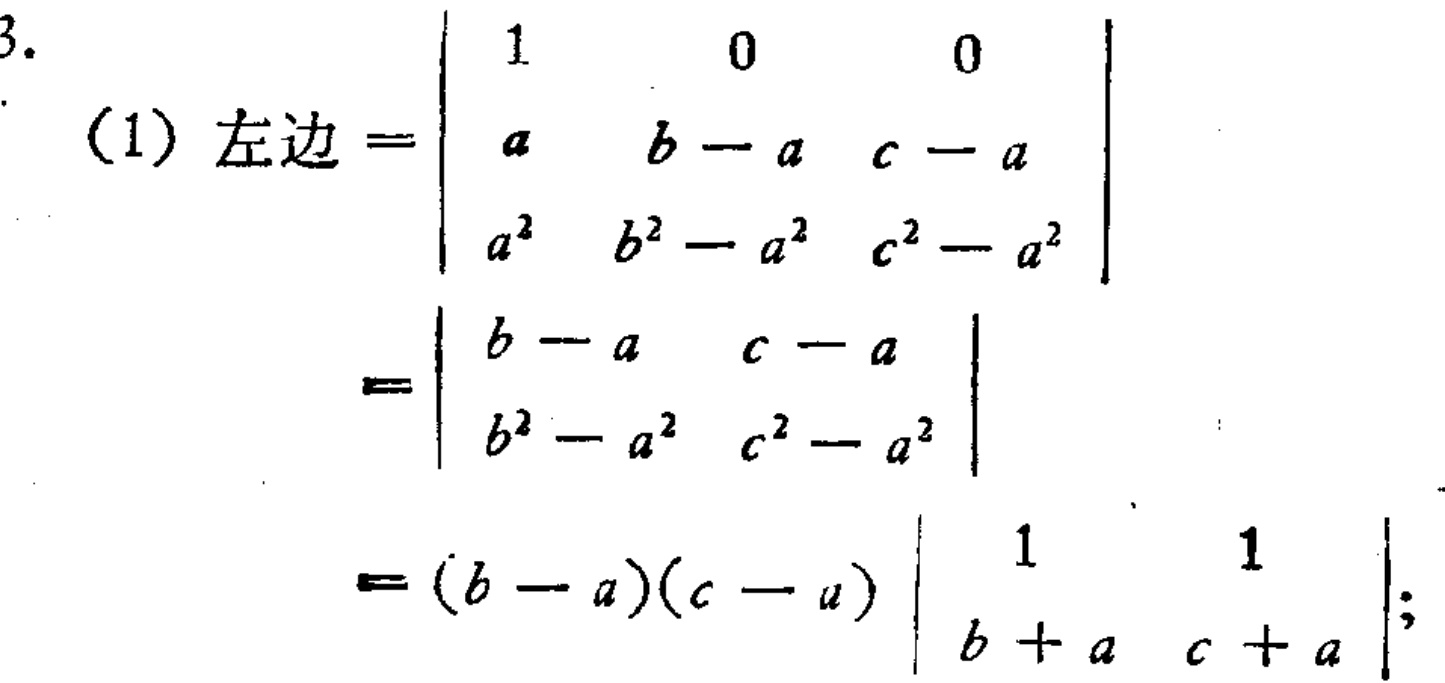
\[
\begin{align*}
\text{(1) 左边}&=\begin{vmatrix}
1&0&0\\
a&b - a&c - a\\
a^{2}&b^{2}-a^{2}&c^{2}-a^{2}
\end{vmatrix}\\
&=\begin{vmatrix}
b - a&c - a\\
b^{2}-a^{2}&c^{2}-a^{2}
\end{vmatrix}\\
&=(b - a)(c - a)\begin{vmatrix}
1&1\\
b + a&c + a
\end{vmatrix}
\end{align*}
\]